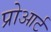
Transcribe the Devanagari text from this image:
प्रोआर्ट